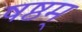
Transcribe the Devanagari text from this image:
षष्ठम्‌